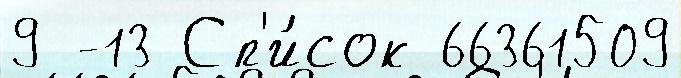
9 -13 Сп'и́сок 66361509